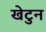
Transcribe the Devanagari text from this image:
खेटुन